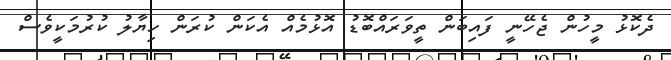
ދެކޮޅު މީހުން ޖެހޭނީ ފައިބަން ތީވަރައްބޮޑު އޮޅުމެއް އެކަން ކުރަން ހިޔާލު ކުރުމަކީވެސް